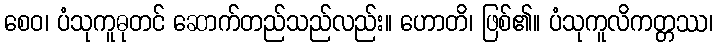
စေဝ၊ ပံသုကူဓုတင် ဆောက်တည်သည်လည်း။ ဟောတိ၊ ဖြစ်၏။ ပံသုကူလိကတ္တဿ၊